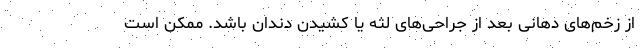
از زخم‌های دهانی بعد از جراحی‌های لثه یا کشیدن دندان باشد. ممکن است